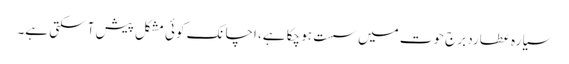
سیارہ عطارد برج حوت میں سست ہو چکا ہے، اچانک کوئی مشکل پیش آ سکتی ہے۔